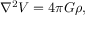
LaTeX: \nabla ^ { 2 } V = 4 \pi G \rho ,